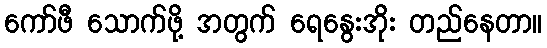
ကော်ဖီ သောက်ဖို့ အတွက် ရေနွေးအိုး တည်နေတာ။